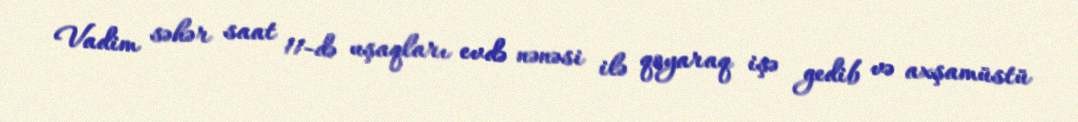
Vadim səhər saat 11-də uşaqları evdə nənəsi ilə qoyaraq işə gedib və axşamüstü